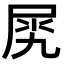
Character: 𡱧